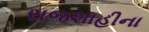
રાજશાહીના